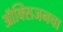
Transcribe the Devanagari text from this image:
ऑक्‍सिजनचा